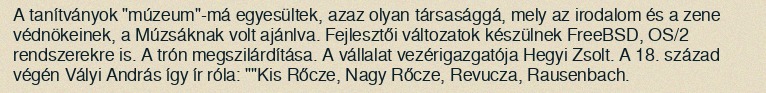
A tanítványok "múzeum"-má egyesültek, azaz olyan társasággá, mely az irodalom és a zene védnökeinek, a Múzsáknak volt ajánlva. Fejlesztői változatok készülnek FreeBSD, OS/2 rendszerekre is. A trón megszilárdítása. A vállalat vezérigazgatója Hegyi Zsolt. A 18. század végén Vályi András így ír róla: ""Kis Rőcze, Nagy Rőcze, Revucza, Rausenbach.